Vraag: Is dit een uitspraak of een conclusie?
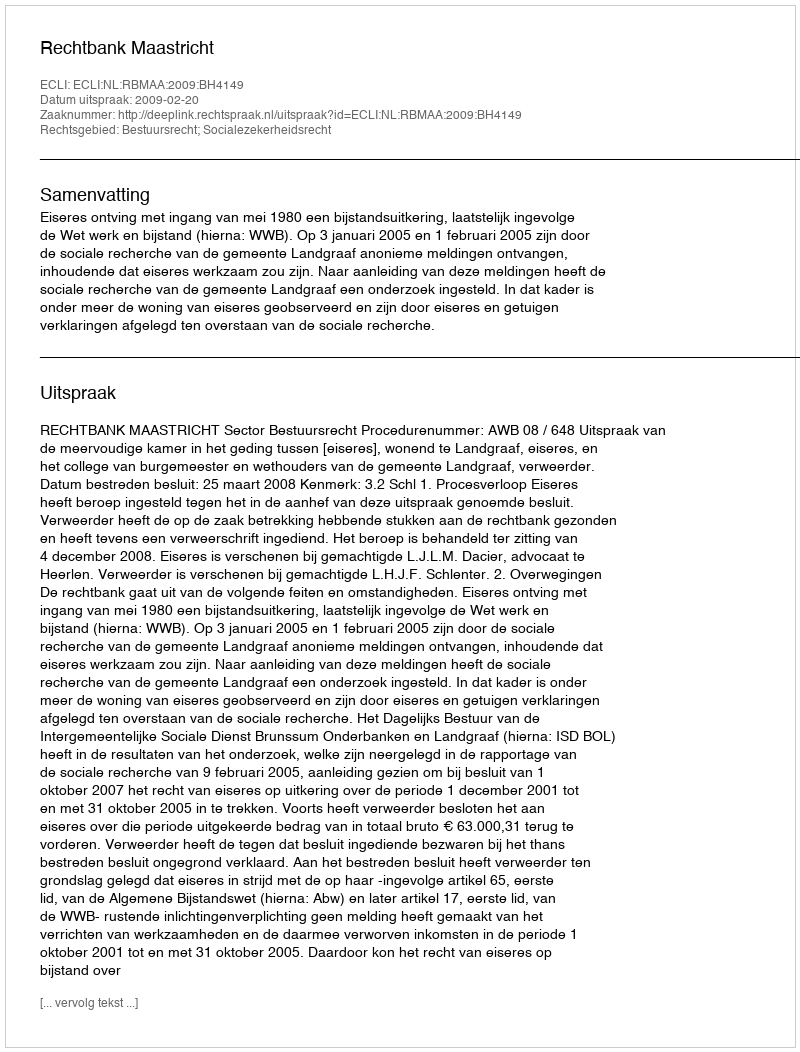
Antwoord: Uitspraak